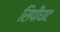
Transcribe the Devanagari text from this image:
सिपीघाट